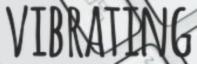
VIBRATING